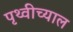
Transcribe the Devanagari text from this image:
पृथ्वीच्याल